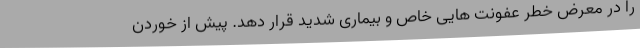
را در معرض خطر عفونت هایی خاص و بیماری شدید قرار دهد. پیش از خوردن